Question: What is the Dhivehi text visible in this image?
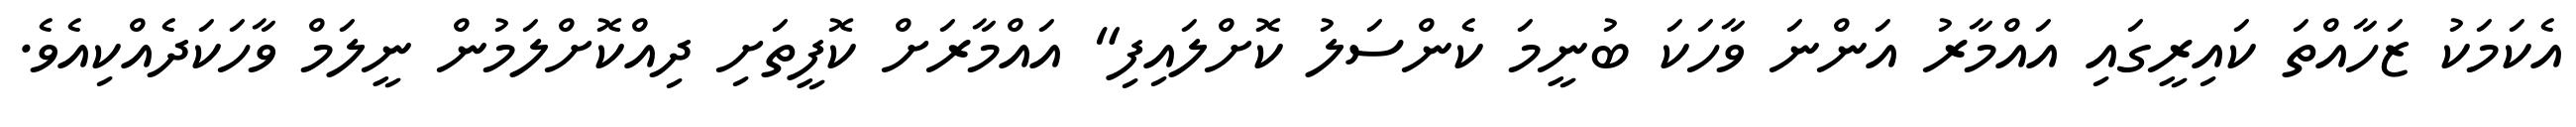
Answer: އެކަމަކު ޒަހާއްތަ ކައިރީގައި އައްމާރު އަންނަ ވާހަކަ ބުނީމަ ކެންސަލު ކޮށްލައިފި" އައްމާރަށް ކޮފީތަށި ދިއްކޮށްލަމުން ނީލަމް ވާހަކަދެއްކިއެވެ.